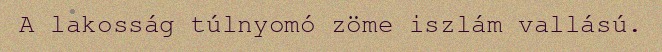
A lakosság túlnyomó zöme iszlám vallású.